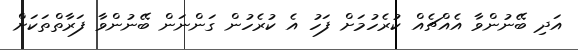
އަދި ބޭނުންވާ އެއްޗެއް ކުރެހުމަށް ފަހު އެ ކުރެހުން ގަންނަން ބޭނުންވާ ފަރާތްތަކަށް